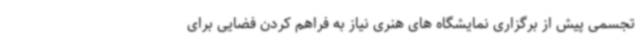
تجسمی پیش از برگزاری نمایشگاه های هنری نیاز به فراهم کردن فضایی برای